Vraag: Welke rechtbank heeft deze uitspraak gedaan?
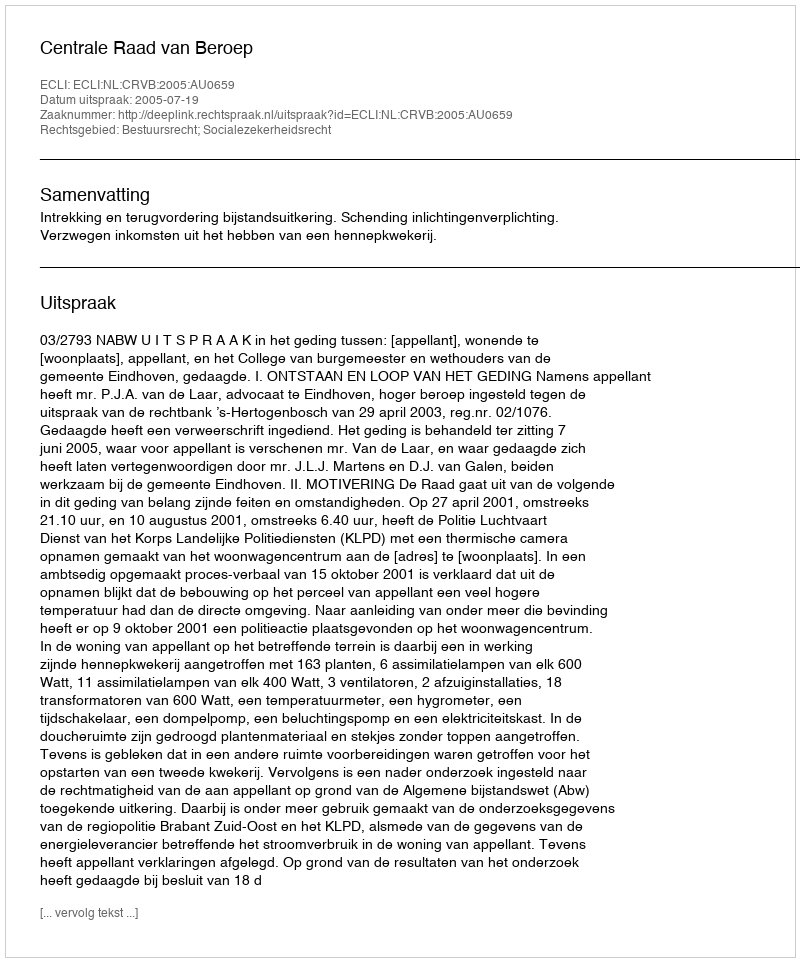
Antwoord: Centrale Raad van Beroep